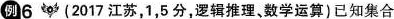
例6(2017江苏，1，5分，逻辑推理、数学运算)已知集合